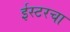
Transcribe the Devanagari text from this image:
ईस्टरचा